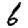
Digit: 6